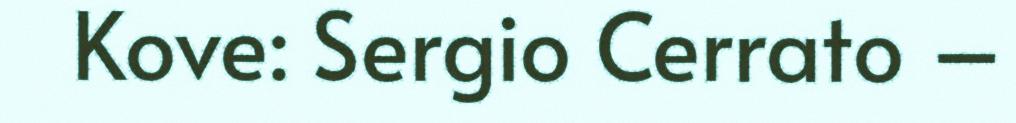
Kove: Sergio Cerrato –